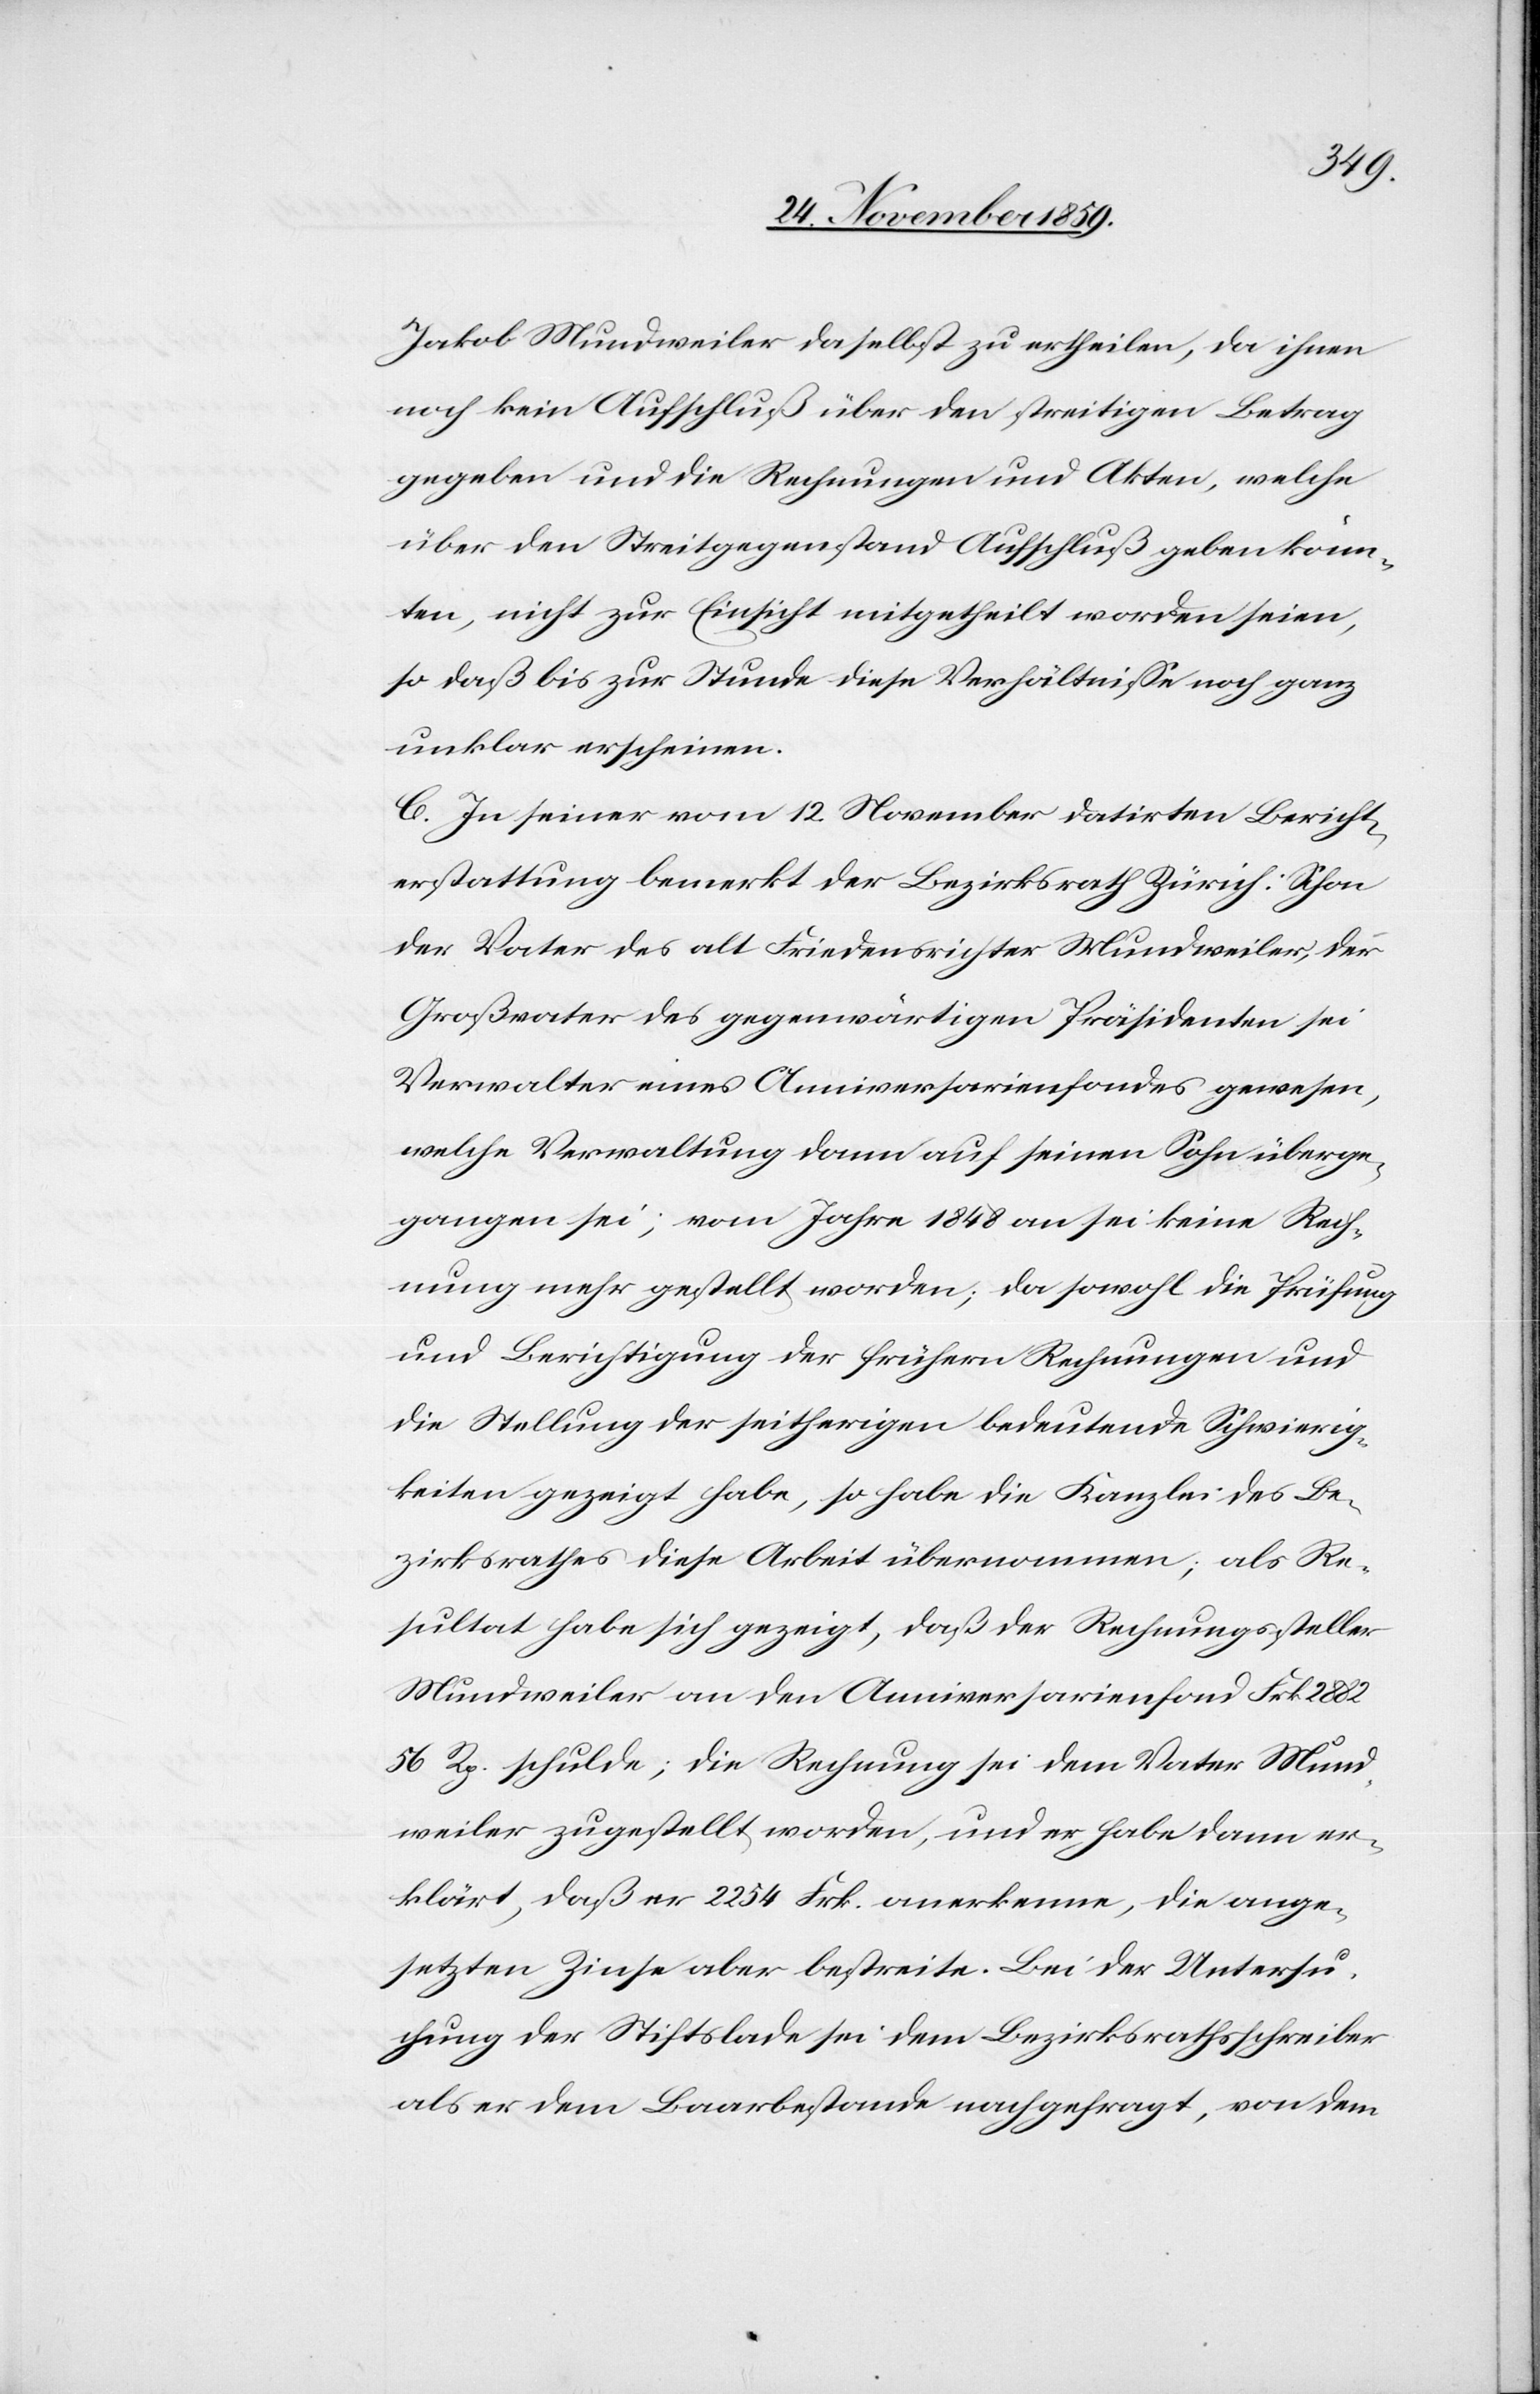
Jakob Mundweiler daselbst zu ertheilen, da ihnen
noch kein Aufschluß über den streitigen Betrag
gegeben und die Rechnungen und Akten, welche
über den Streitgegenstand Aufschluß geben könn¬
ten, nicht zur Einsicht mitgetheilt worden seien,
so daß bis zur Stunde diese Verhältnisse noch ganz
unklar erscheinen.
C. In seiner vom 12. November datirten Bericht¬
erstattung bemerkt der Bezirksrath Zürich: Schon
der Vater des alt Friedensrichter Mundweiler, der
Großvater des gegenwärtigen Präsidenten sei
Verwalter eines Anniversarienfondes gewesen,
welche Verwaltung dann auf seinen Sohn überge¬
gangen sei; vom Jahre 1848 an sei keine Rech¬
nung mehr gestellt worden; da sowohl die Prüfung
und Berichtigung der frühern Rechnungen und
die Stellung der seitherigen bedeutende Schwierig¬
keiten gezeigt habe, so habe die Kanzlei des Be¬
zirksrathes diese Arbeit übernommen; als Re¬
sultat habe sich gezeigt, daß der Rechnungssteller
Mundweiler an den Anniversarienfond Frk. 2882
56 Rp. schulde; die Rechnung sei dem Vater Mund¬
weiler zugestellt worden, und er habe dann er¬
klärt, daß er 2254 Frk. anerkenne, die ange¬
setzten Zinse aber bestreite. Bei der Untersu¬
chung der Stiftslade sei dem Bezirksrathsschreiber
als er dem Baarbestande nachgefragt, von dem